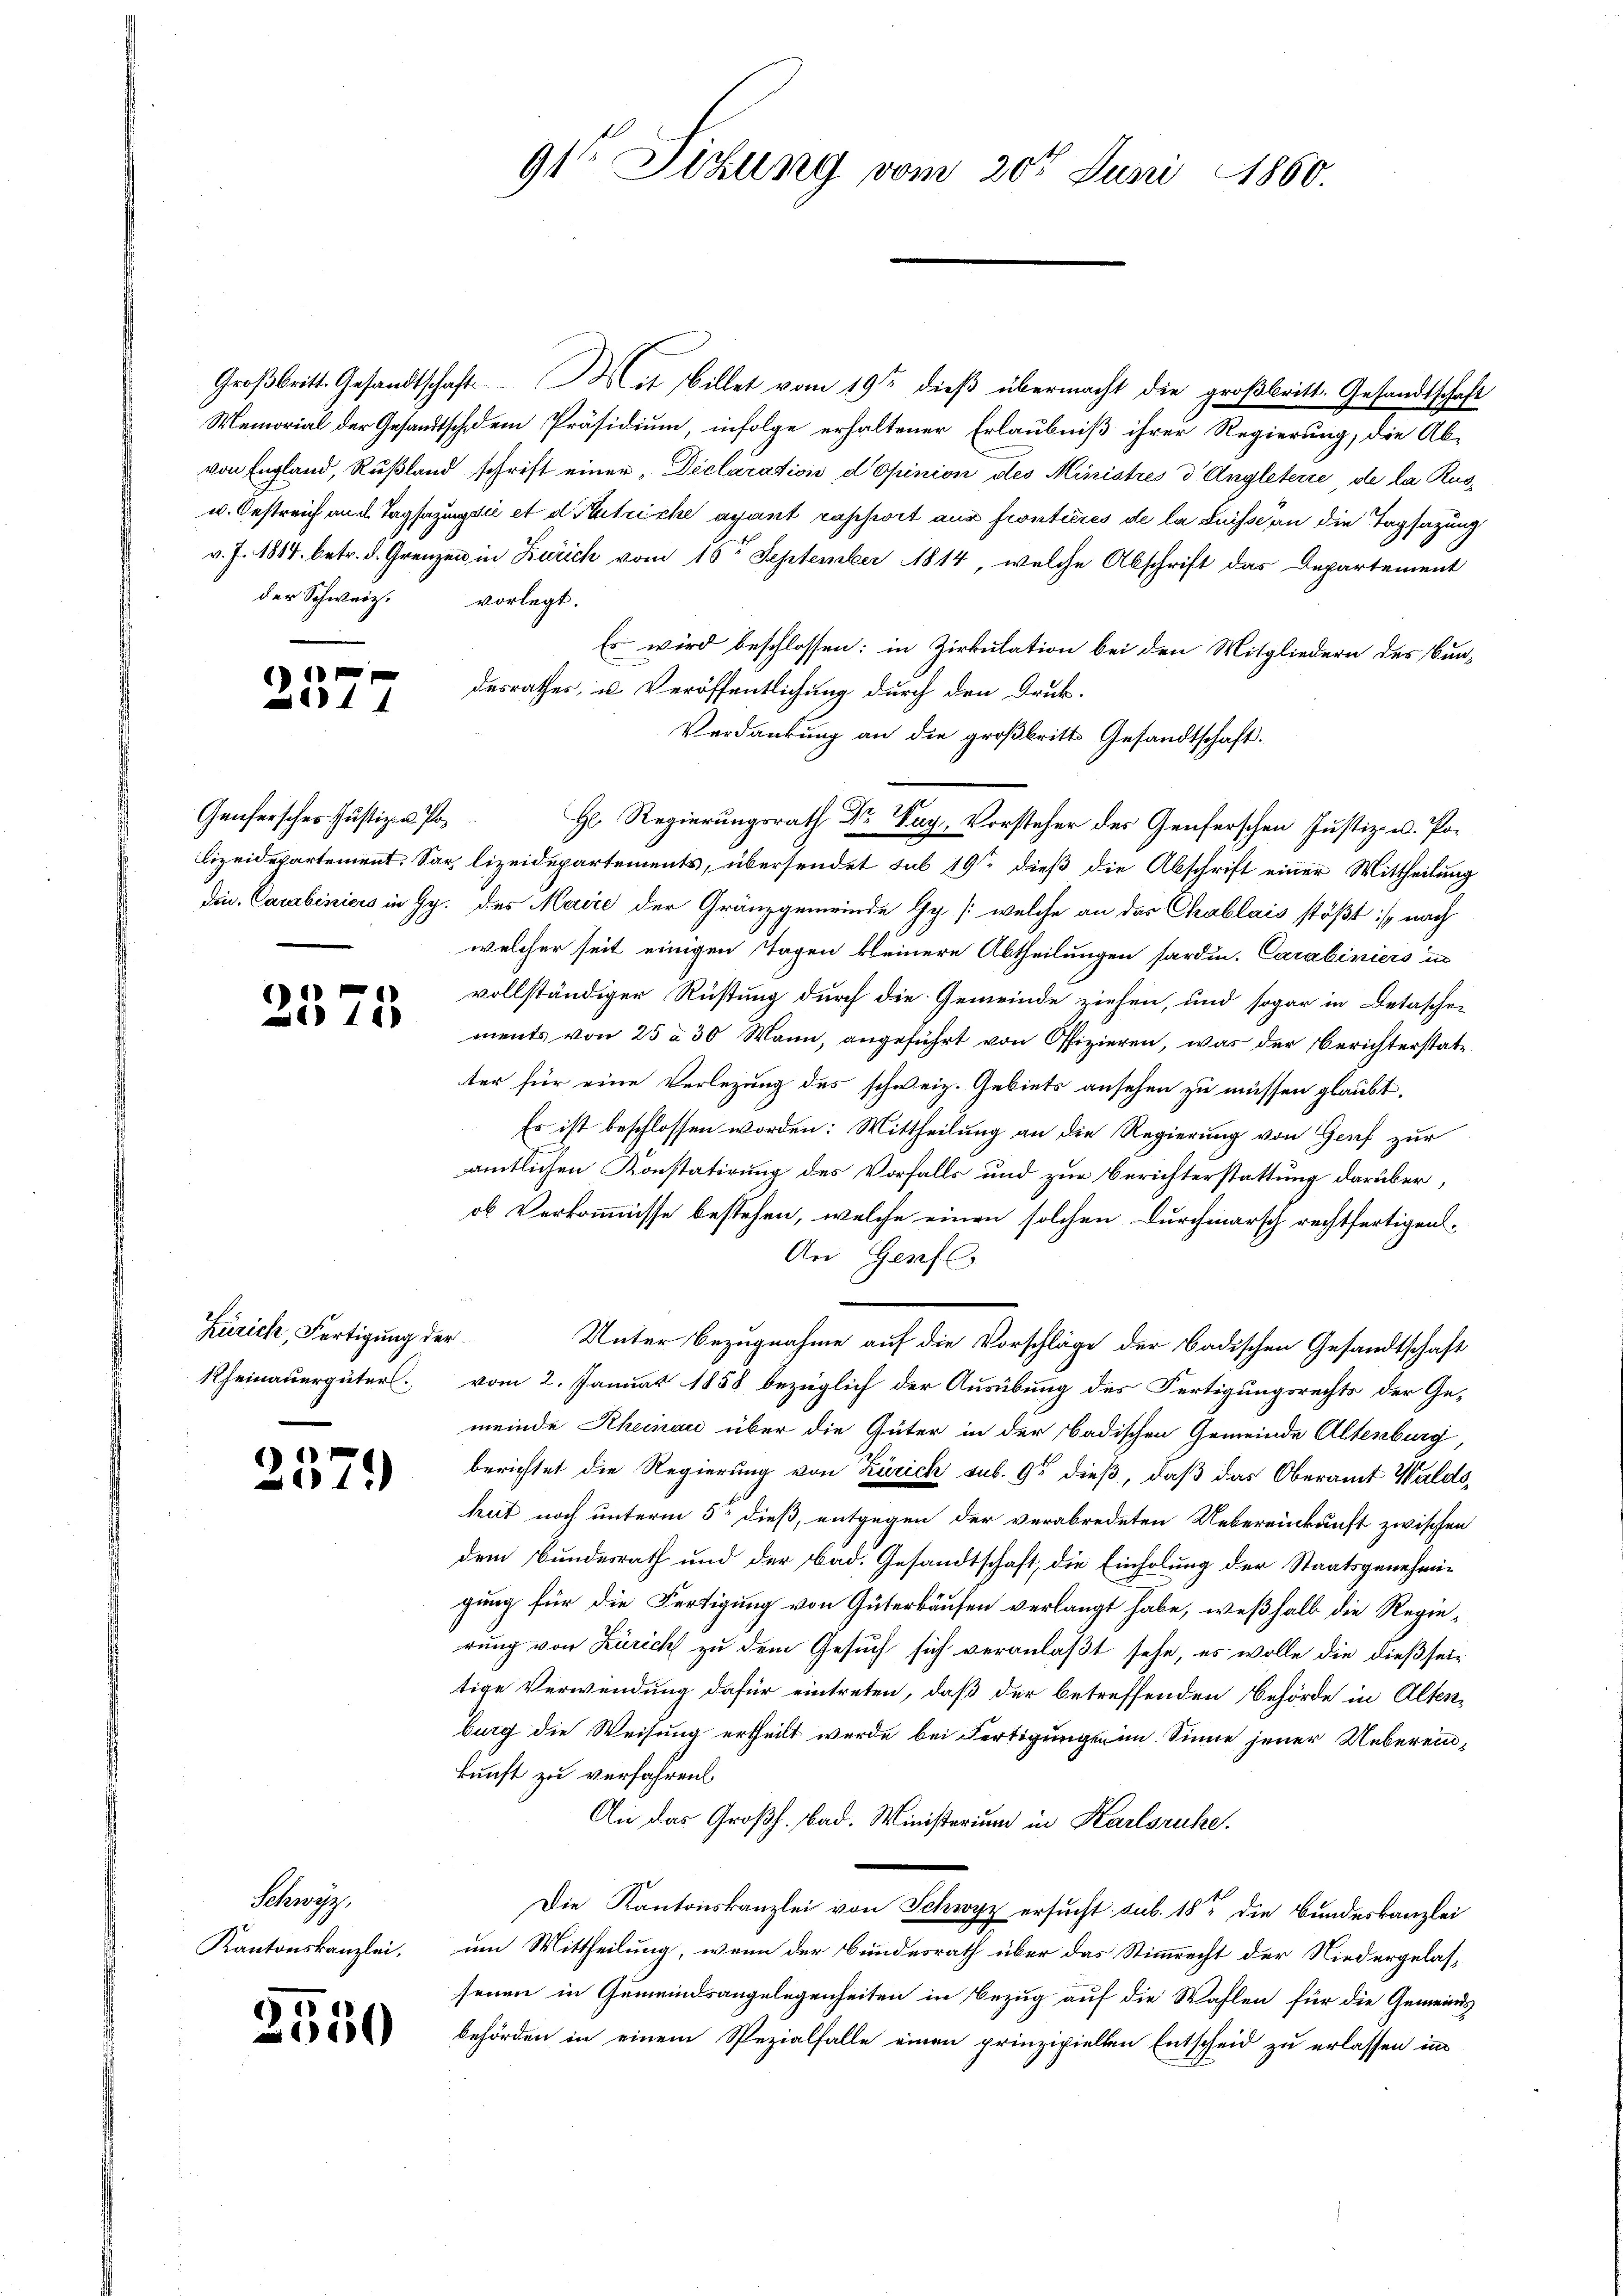
der Schweiz. vorlegt.

237

Genfersches Justiz- & Po¬

e
2310

Zürich, Fertigung der
Rheinauergüter.

2579)

Schwyz,
Kantonskanzlei.

2550

91te Sitzung vom 20t Juni 1860.

Großbritt. Gesandtschaft. Mit Billet vom 19ten dieß übermacht die großbritt. Gesandtschaft
Memorial der Gesandtsch dem Präsidium, infolge erhaltener Erlaubniß ihrer Regierung, die Ab-
von England, Rußland schrift einer Declaration d opinion des Ministrés d Angleterie, de la Rus¬
u. Oestreich an d. Tagsazungsii et d. Matriche ayant raschwit aus fronticres de la Suisse an die Tagsazung
v. J. 1814. betr. d. Grenzen in Zürich vom 16ten September 1814, welche Abschrift das Departement
Es wird beschlossen: in Zirkulation bei den Mitgliedern des Bun-
desrathes, u. Veröffentlichung durch den Druk¬
Verdankung an die großbritt Gesandtschaft.
lizeidepartement. Sar, lizeidepartements, übersendet sub 19te dieß die Abschrift einer Mittheilung
din. Carabiniers in Hy. des Marie der Gränzgemeinde Hy. /: welche an das Chablais stößt:/ nach
welcher seit einigen Tagen kleinere Abtheilungen hardin. Carabiniers in
vollständiger Rüstung durch die Gemeinde ziehen, und sogar in Detaschen
ments von 25 à 30 Mann, angeführt von Offizieren, was der Berichterstatter für eine Verlegung des schweiz. Gebiets ansehen zu müssen glaubt.
Es ist beschlossen worden: Mittheilung an die Regierung von Genf zur
amtlichen Konstatirung des Vorfalls und zur Berichterstattung darüber,
ob Verkommnisse bestehen, welche einen solchen Durchmarsch rechtfertigen
An Geset
Unter Bezugnahme auf die Vorschläge der badischen Gesandtschaft
vom 2. Januar 1858 bezüglich der Ausübung des Fertigungsrechts der Gemeinde Rheinau über die Güter in der Badischen Gemeinde Altenburg,
berichtet die Regierung von Zürich sub. 9 dieß, daß das Oberamt Waldstrut noch unterm 5t dieß, entgegen der verabredeten Uebereinkunft zwischen
dem Bundesrath und der bad. Gesandtschaft, die Einholung der Staatsgenehmigung für die Fertigung von Güterkäufen verlangt habe, weßhalb die Regierung von Zürich zu dem Gesuch sich veranlaßt sehe, es wolle die dießseitige Verwendung dafür eintreten, daß der betreffenden Behörde in Altenburg die Weisung ertheilt wurde bei Fertigungen im Sinne jener Uebereinkunft zu verfahren
An das Großh. Bad. Ministerium in Karlsruhe.
Die Kantonskanzlei von Schwyz ersucht sub. 18 die Bundeskanzlei
um Mittheilung, wenn der Bundesrath über das Stimmrecht der Niedergelassenen in Gemeindsangelegenheiten in Bezug auf die Wahlen für die Gemeinds
behörden in einem Spezialfalle einen prinzipiellen Entscheid zu erlassen imm

H. Regierungsrath Dr. Pag. Vorsteher des Genferschen Justiz- u. Po¬